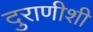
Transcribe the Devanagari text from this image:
दुराणीशी